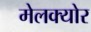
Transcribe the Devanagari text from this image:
मेलक्योर